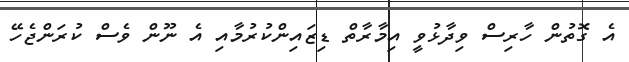
އެ ގޮތުން ހާރިސް ވިދާޅުވީ އިމާރާތް ޑިޒައިންކުރުމާއި އެ ނޫން ވެސް ކުރަންޖެހޭ